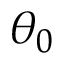
\theta _ { 0 }